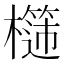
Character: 𣞮